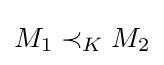
M_{1}\prec _{K}M_{2}